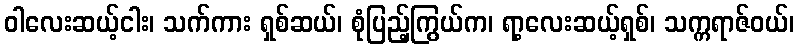
ဝါလေးဆယ့်ငါး၊ သက်ကား ရှစ်ဆယ်၊ စုံပြည့်ကြွယ်က၊ ရာ့လေးဆယ့်ရှစ်၊ သက္ကရာဇ်ဝယ်၊